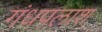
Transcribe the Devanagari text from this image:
गंधपलाश